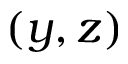
( y , z )